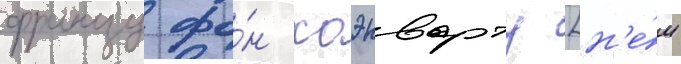
францу фо́н хоэнварту [н'е́м.